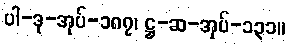
ပါ-ဒု-အုပ်-၁၈၇၊ ဋ္ဌ-ဆ-အုပ်-၁၃၁။